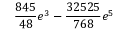
\frac { 8 4 5 } { 4 8 } e ^ { 3 } - \frac { 3 2 5 2 5 } { 7 6 8 } e ^ { 5 }